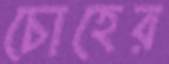
চোহের